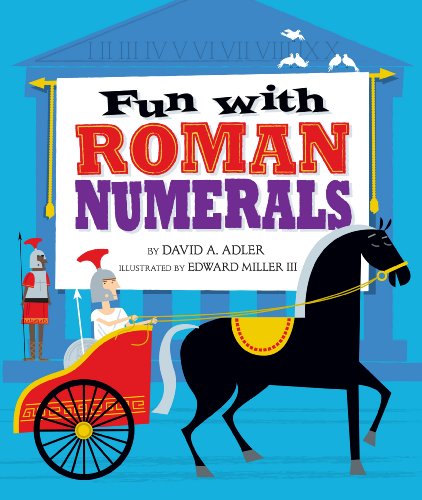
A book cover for Fun with Roman Numerals; David A. Adler; Science & Math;